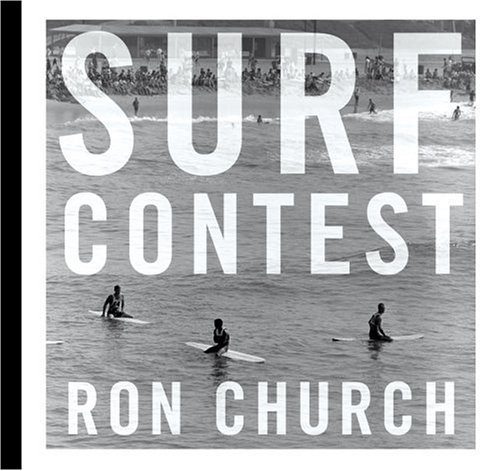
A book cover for Surf Contest: Photographs by Ron Church; Sports & Outdoors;